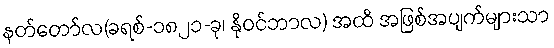
နတ်တော်လ(ခရစ်-၁၈၂၁-ခု၊ နိုဝင်ဘာလ) အထိ အဖြစ်အပျက်များသာ